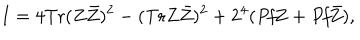
I = 4 \mathrm { T r } ( Z \bar { Z } ) ^ { 2 } - ( \mathrm { T r } Z \bar { Z } ) ^ { 2 } + 2 ^ { 4 } ( { \it P f } Z + { \it P f } \bar { Z } ) ,